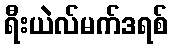
ရီးယဲလ်မက်ဒရစ်